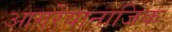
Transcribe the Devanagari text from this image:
आगरेयानाजिक